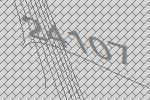
24107